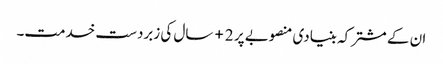
ان کے مشترکہ بنیادی منصوبے پر 2+ سال کی زبردست خدمت۔